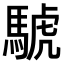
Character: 𫘌